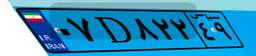
۷۴D۵۵۵۵۰